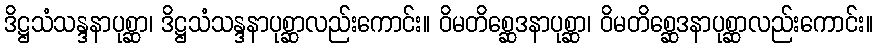
ဒိဋ္ဌသံသန္ဒနာပုစ္ဆာ၊ ဒိဋ္ဌသံသန္ဒနာပုစ္ဆာလည်းကောင်း။ ဝိမတိစ္ဆေဒနာပုစ္ဆာ၊ ဝိမတိစ္ဆေဒနာပုစ္ဆာလည်းကောင်း။